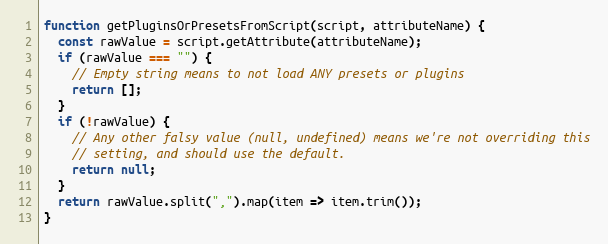
Language: JavaScript
function getPluginsOrPresetsFromScript(script, attributeName) {
  const rawValue = script.getAttribute(attributeName);
  if (rawValue === "") {
    // Empty string means to not load ANY presets or plugins
    return [];
  }
  if (!rawValue) {
    // Any other falsy value (null, undefined) means we're not overriding this
    // setting, and should use the default.
    return null;
  }
  return rawValue.split(",").map(item => item.trim());
}